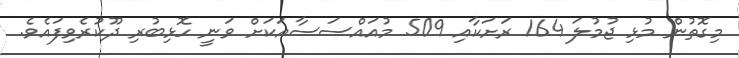
މިގޮތުން މުޅި ޖުމުލަ 164 ރަށަކާއި 509 މުއައްސަސާއަކަށް ވަނީ ހޮޅިބުރި ދޫކުރެވިފައެވެ.